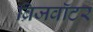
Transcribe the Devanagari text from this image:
ब्रिजवॉटर